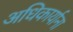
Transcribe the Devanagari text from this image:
अधिकार्याना